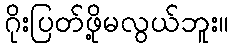
ဂိုးပြတ်ဖို့မလွယ်ဘူး။